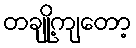
တချို့ကျတော့